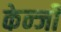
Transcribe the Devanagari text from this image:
केन्जी